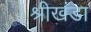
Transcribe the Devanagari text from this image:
श्रीखंडा